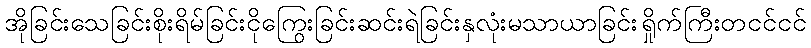
အိုခြင်းသေခြင်းစိုးရိမ်ခြင်းငိုကြွေးခြင်းဆင်းရဲခြင်းနှလုံးမသာယာခြင်းရှိုက်ကြီးတငင်ငင်